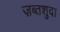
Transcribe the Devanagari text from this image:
ज़ब्तशुदा